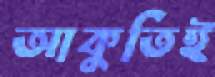
আকুতিই